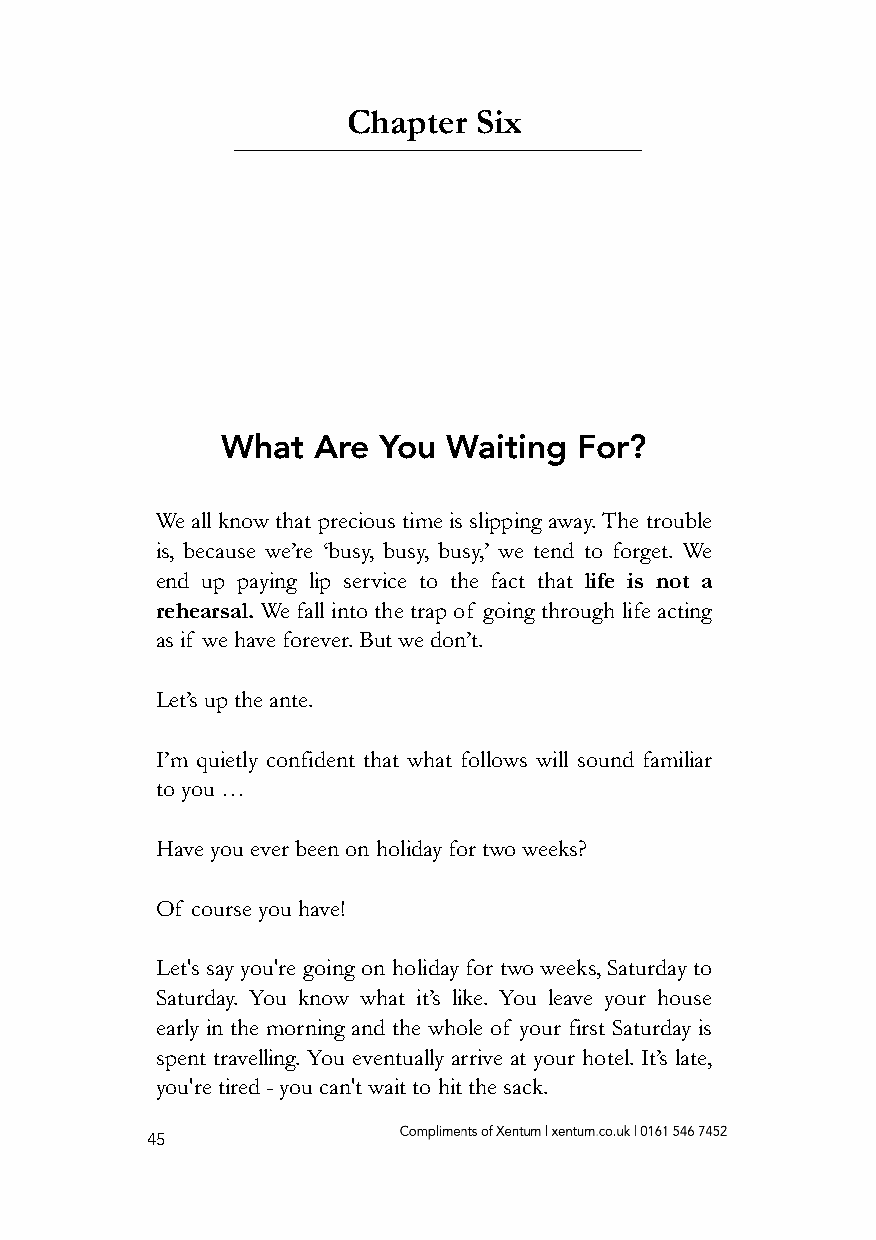
Chapter Six
 What  Are You  Waiting For?
 We all know that precious time is slipping away. The trouble
 is, because we’re ‘busy, busy, busy,’ we tend to forget. We
 end up paying lip service to the fact that life is not a
 rehearsal. We fall into the trap of going through life acting
 as if we have forever. But we don’t.
 Let’s up the ante.
 I’m quietly confident that what follows will sound familiar
 to you …
 Have you ever been on holiday for two weeks?
 Of course you have!
 Let's say you're going on holiday for two weeks, Saturday to
 Saturday. You know what it’s like. You leave your house
 early in the morning and the whole of your first Saturday is
 spent travelling. You eventually arrive at your hotel. It’s late,
 you're tired - you can't wait to hit the sack.
 45